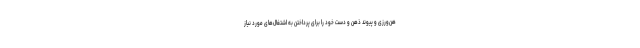
هن‌ورزی و پیوند ذهن و دست خود را برای پرداختن به اشتغال‌های مورد نیاز